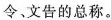
令、文告的总称。